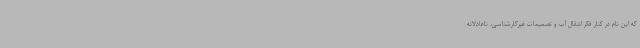
که این نام در کنار فکر انتقال آب و تصمیمات غیرکارشناسی، ناعادلانه